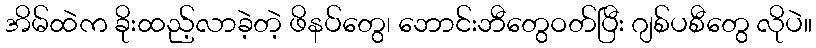
အိမ်ထဲက ခိုးထည့်လာခဲ့တဲ့ ဖိနပ်တွေ၊ ဘောင်းဘီတွေဝတ်ပြီး ဂျစ်ပစီတွေ လိုပဲ။